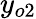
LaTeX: y_{o2}